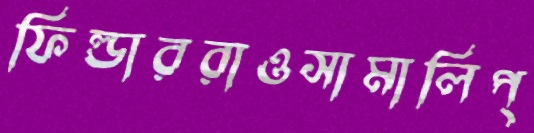
ফিল্ডাররাওসামালিপ্